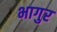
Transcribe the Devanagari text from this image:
भागुर